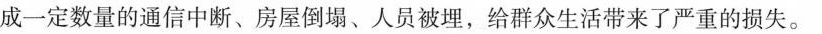
成一定数量的通信中断、房屋倒塌、人员被埋，给群众生活带来了严重的损失。